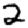
Digit: 2